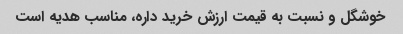
خوشگل و نسبت به قیمت ارزش خرید داره، مناسب هدیه است